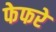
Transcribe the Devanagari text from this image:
फेफरे